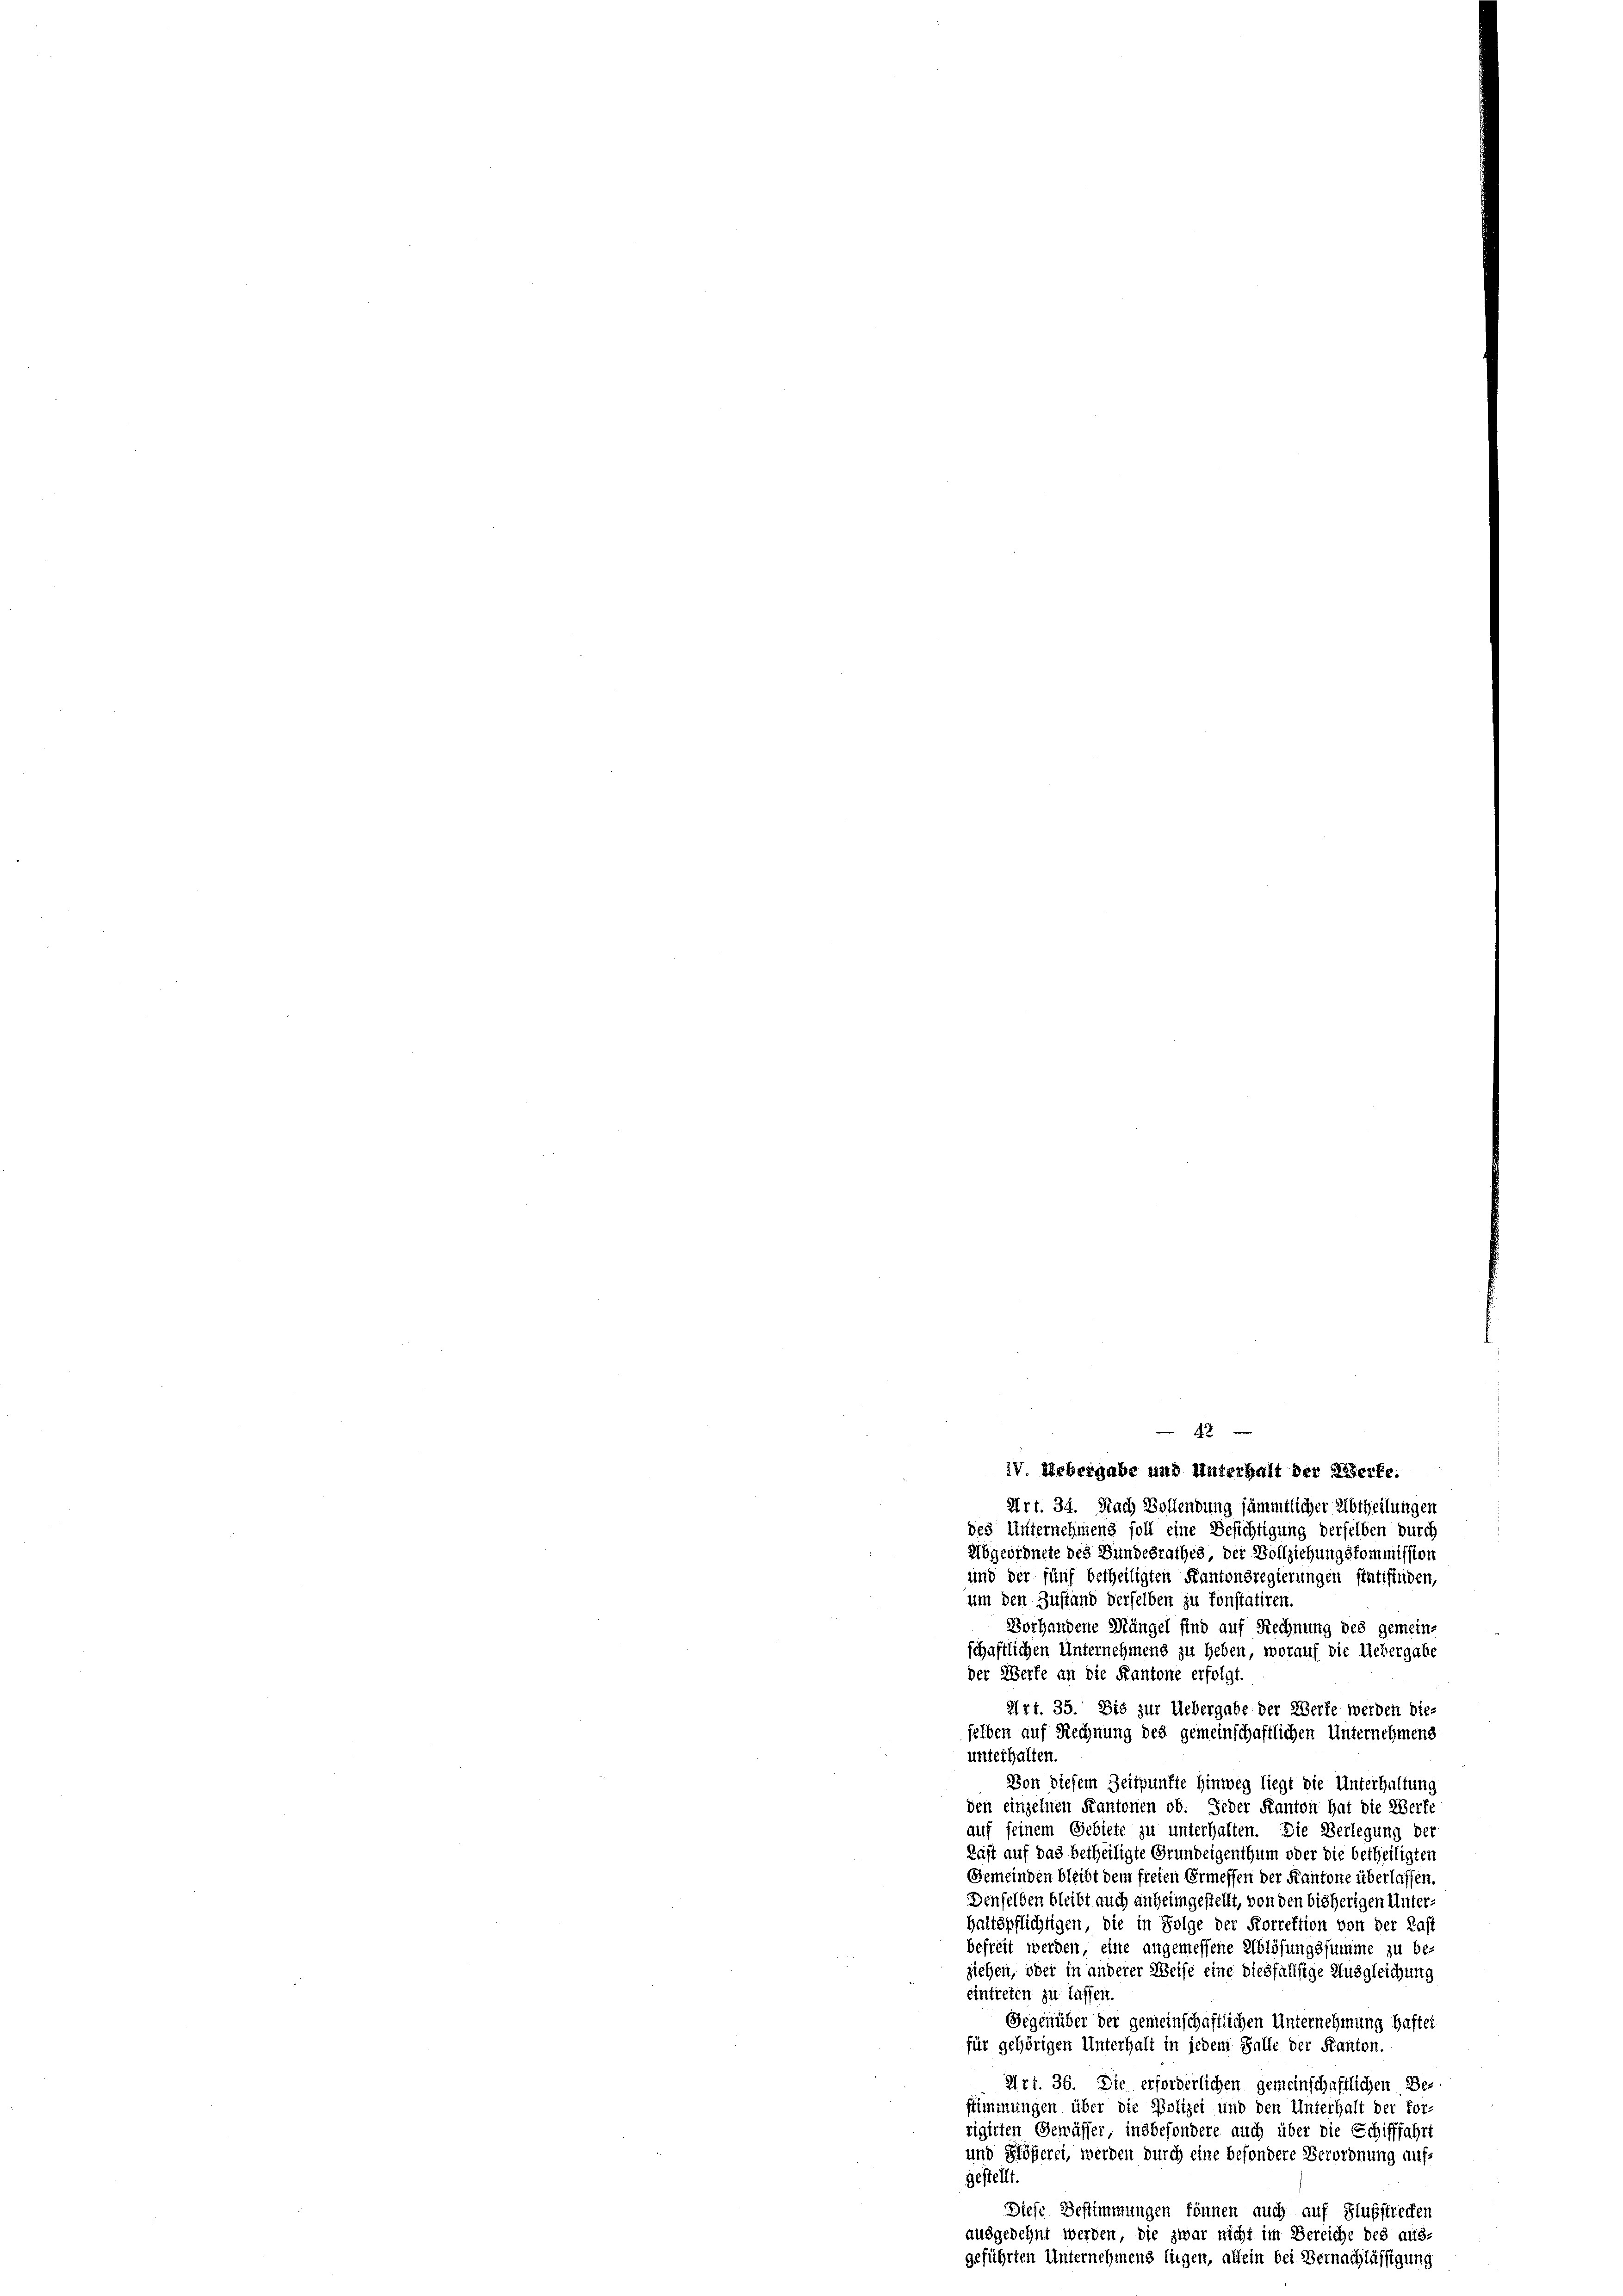
x
iv. Uebergabe und Unterhalt der Werke.
Art. 34. Nach Bollendung sämmtlicher Abtheilungen
des Unternehmens soll eine Besichtigung derselben durch
Abgeordnete des Bundesrathes der Vollziehungskommission
und der fünf betheiligten Kantonsregierungen stattfinden,
um den Zustand derselben zu konstatiren.
Vorhandene Mängel sind auf Rechnung des gemein-
schaftlichen Unternehmens zu heben, worauf die Uebergabe
der Werfe an die Kantone erfolgt.
Art. 35. Dis zur Uebergabe der Werke werden dies
selben auf Rechnung des gemeinschaftlichen Unternehmens
unterhalten.
Von diesem Zeitpunkte hinweg liegt die Unterhaltung
den einzelnen Kantonen ob. Jeder Kanton hat die Werke
auf seinem Gebiete zu unterhalten. Die Verlegung der
Last auf das betheiligte Grundeigenthum oder die betheiligten
Gemeinden bleibt dem freien Ermessen der Kantone überlassen.
Denselben bleibt auch anheimgestellt, von den bisherigen Unterhaltspflichtigen, die in Folge der Forrektion von der Last
befreit werden, eine angemessene Ablösungssumme zu be-
ziehen, oder in anderer Weise eine diesfällsige Ausgleichung
eintreten zu lassen
Gegenüber der gemeinschaftlichen Unternehmung Haftet
für gehörigen Unterhalt in jedem Falle der Kanton.
Art. 36. Die erforderlichen gemeinschaftlichen Be-
stimmungen über die Polizei und den Unterhalt der for-
rigirten Gewässer, insbesondere auch über die Schifffahrt
und Glößerei, werden durch eine besondere Verordnung aufgestellt.
Diese Bestimmungen können auch auf Flußstrecken
ausgedehnt werden, die zwar nicht im Bereiche des aus-
eführten Unternehmens fügen, allein bei Bernachlässigun